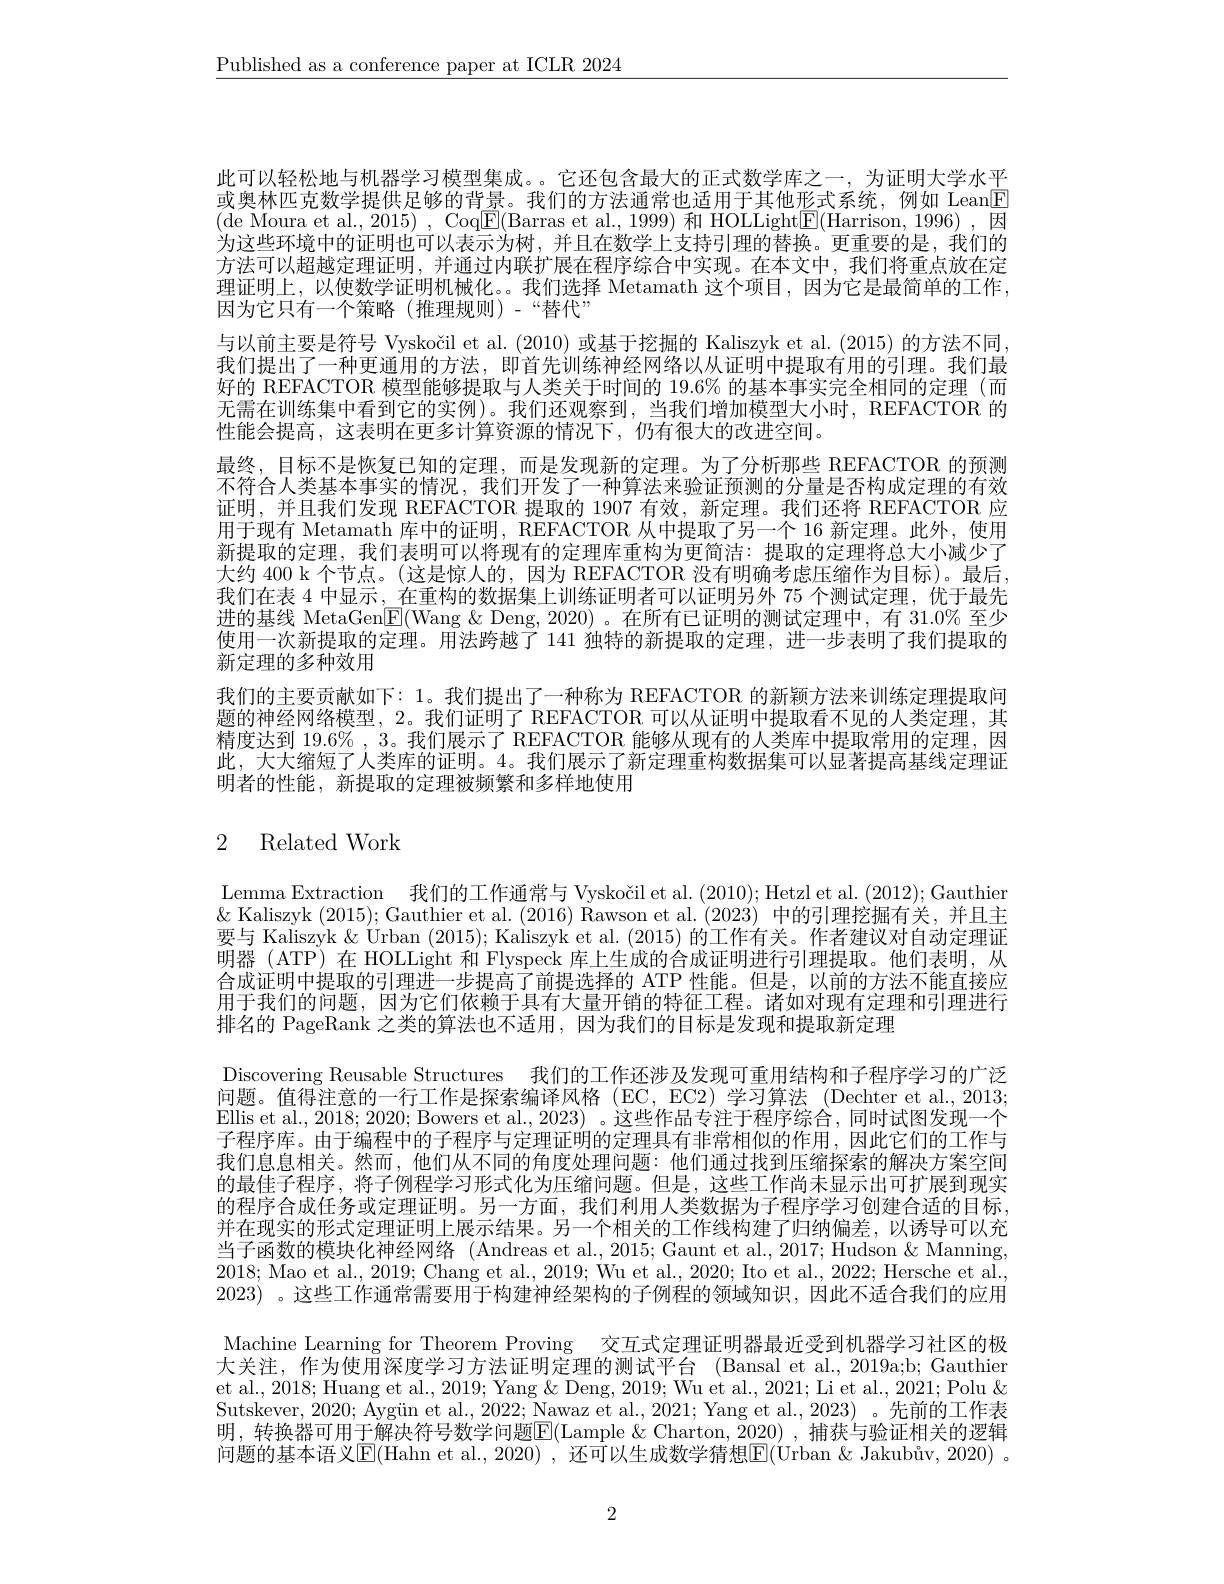
$\underline{\text{Published as a conference paper at ICLR 2024}}$

此可以轻松地与机器学习模型集成。。它还包含最大的正式数学库之一，为证明大学水平或奥林匹克数学提供足够的背景。我们的方法通常也适用于其他形式系统，例如 Lean$\boxed{\mathrm{E}}$ (de Moura et al., 2015) , Coq$\boxed{\mathrm{E}}($Barras et al., 1999) 和 HOLLight$\boxed{\mathrm{F}}($Harrison, 1996) ,因为这些环境中的证明也可以表示为树，并且在数学上支持引理的替换。更重要的是，我们的方法可以超越定理证明，并通过内联扩展在程序综合中实现。在本文中，我们将重点放在定理证明上，以使数学证明机械化。。我们选择 Metamath 这个项目，因为它是最简单的工作， 因为它只有一个策略(推理规则)-“替代”
与以前主要是符号 Vyskočil et al. (2010) 或基于挖掘的 Kaliszyk et al. (2015) 的方法不同. 我们提出了一种更通用的方法，即首先训练神经网络以从证明中提取有用的引理。我们最好的 REFACTOR 模型能够提取与人类关于时间的 19.6% 的基本事实完全相同的定理 (而无需在训练集中看到它的实例)。我们还观察到，当我们增加模型大小时，REFACTOR 的性能会提高，这表明在更多计算资源的情况下，仍有很大的改进空间。
最终，目标不是恢复已知的定理，而是发现新的定理。为了分析那些 REFACTOR 的预测不符合人类基本事实的情况，我们开发了一种算法来验证预测的分量是否构成定理的有效证明，并且我们发现 REFACTOR 提取的 1907 有效，新定理。我们还将 REFACTOR 应用于现有 Metamath 库中的证明，REFACTOR 从中提取了另一个 16 新定理。此外，使用新提取的定理，我们表明可以将现有的定理库重构为更简洁：提取的定理将总大小减少了大约 400 k 个节点。(这是惊人的，因为 REFACTOR 没有明确考虑压缩作为目标)。最后， 我们在表 4 中显示，在重构的数据集上训练证明者可以证明另外 75 个测试定理，优于最先进的基线 MetaGen$\underline{\mathrm{E}}($Wang &Deng,2020)。在所有已证明的测试定理中，有 31.0% 至少使用一次新提取的定理。用法跨越了 141 独特的新提取的定理，进一步表明了我们提取的新定理的多种效用
我们的主要贡献如下：1。我们提出了一种称为 REFACTOR 的新颖方法来训练定理提取问题的神经网络模型，2。我们证明了 REFACTOR 可以从证明中提取看不见的人类定理，其精度达到 19.6% , 3。我们展示了 REFACTOR 能够从现有的人类库中提取常用的定理，因此，大大缩短了人类库的证明。4。我们展示了新定理重构数据集可以显著提高基线定理证明者的性能，新提取的定理被频繁和多样地使用

# 2 Related Work

Lemma Extraction 我们的工作通常与 Vyskočil et al. (2010);Hetzl et al. (2012);Gauthier $\&$ Kaliszyk (2015); Gauthier et al. (2016) Rawson et al.(2023)中的引理挖掘有关，并且主要与 Kaliszyk & Urban (2015); Kaliszyk et al. (2015) 的工作有关。作者建议对自动定理证明器 (ATP) 在 HOLLight 和 Flyspeck 库上生成的合成证明进行引理提取。他们表明，从合成证明中提取的引理进一步提高了前提选择的 ATP 性能。但是，以前的方法不能直接应用于我们的问题，因为它们依赖于具有大量开销的特征工程。诸如对现有定理和引理进行排名的 PageRank 之类的算法也不适用，因为我们的目标是发现和提取新定理
Discovering Reusable Structures 我们的工作还涉及发现可重用结构和子程序学习的广泛问题。值得注意的一行工作是探索编译风格 (EC, EC2)学习算法 (Dechter et al.,2013; Ellis et al., 2018; 2020; Bowers et al., 2023) 。这些作品专注于程序综合，同时试图发现一个子程序库。由于编程中的子程序与定理证明的定理具有非常相似的作用，因此它们的工作与我们息息相关。然而，他们从不同的角度处理问题：他们通过找到压缩探索的解决方案空间的最佳子程序，将子例程学习形式化为压缩问题。但是，这些工作尚未显示出可扩展到现实的程序合成任务或定理证明。另一方面，我们利用人类数据为子程序学习创建合适的目标， 并在现实的形式定理证明上展示结果。另一个相关的工作线构建了归纳偏差，以诱导可以充当子函数的模块化神经网络 (Andreas et al., 2015; Gaunt et al., 2017; Hudson & Manning, 2018; Mao et al., 2019; Chang et al., 2019; Wu et al., 2020; Ito et al., 2022; Hersche et al., 2023) 。这些工作通常需要用于构建神经架构的子例程的领域知识，因此不适合我们的应用Machine Learning for Theorem Proving 交互式定理证明器最近受到机器学习社区的极大关注，作为使用深度学习方法证明定理的测试平台 (Bansal et al., 2019a;b; Gauthier et al., 2018; Huang et al., 2019; Yang & Deng, 2019; Wu et al., 2021; Li et al., 2021; Polu & Sutskever, 2020; Aygün et al., 2022; Nawaz et al., 2021; Yang et al., 2023) 。先前的工作表明，转换器可用于解决符号数学问题$\overline{\mathrm{E}}($Lample $\&$ Charton, 2020) ,捕获与验证相关的逻辑问题的基本语义$\boxed{\mathrm{E}}($Hahn et al., 2020) , 还可以生成数学猜想$\boxed{\mathrm{E}}($Urban &Jakubûv, 2020) 。

2